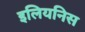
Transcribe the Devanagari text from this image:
इलियनिस